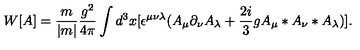
W [ A ] = \frac { m } { | m | } \frac { g ^ { 2 } } { 4 \pi } \int d ^ { 3 } x [ \epsilon ^ { \mu \nu \lambda } ( A _ { \mu } \partial _ { \nu } A _ { \lambda } + \frac { 2 i } { 3 } g A _ { \mu } * A _ { \nu } * A _ { \lambda } ) ] . \,